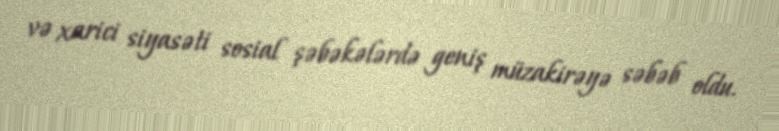
və xarici siyasəti sosial şəbəkələrdə geniş müzakirəyə səbəb oldu.